system: You are a helpful assistant.
user:
Analyze the provided spectrum to determine if it is a **White Dwarf (WD)**.

A White Dwarf spectrum is defined by its **extreme purity** (due to gravitational settling) and/or **extreme pressure broadening** (due to high surface gravity). You must check for one of the following mutually exclusive signatures:

- **Key Visual Indicators (Check for ONE of these types):**

    - **1. DA-Type Signature (Most Common):**
        - **(Primary Feature):** Extreme pressure broadening (Stark broadening) of the **Hydrogen (H) Balmer lines**.
        - **(Key Lines):** $H\beta$ (approx. $4861$ Å) and $H\gamma$ (approx. $4340$ Å). $H\alpha$ (approx. $6563$ Å) will also be present if the wavelength range covers it.
        - **(Line Profile):** This is the **defining feature**. The lines are **NOT** sharp. They appear as massive, **extremely broad and deep "troughs" or "dips"** in the spectrum, often hundreds of Ångströms wide. The continuum will appear to "scoop" down at these wavelengths.
        - **(Distinction):** Normal A-type or B-type stars have *narrow* and *sharp* Hydrogen lines. A DA White Dwarf's lines are unmistakably "smeared" or "blurry" from pressure.

    - **2. DB-Type Signature:**
        - **(Primary Feature):** Broad absorption lines from **Neutral Helium (He I)**. The spectrum must lack any visible Hydrogen lines.
        - **(Key Lines):** Look for broad absorption near $4471$ Å, $4921$ Å, and $5876$ Å.
        - **(Line Profile):** These lines are also significantly pressure-broadened, appearing much wider than they would in a normal B-type main-sequence star.

    - **3. DC-Type Signature:**
        - **(Primary Feature):** A **featureless continuous spectrum**.
        - **(Line Profile):** The spectrum is a smooth curve with **no significant absorption or emission lines**.
        - **(Key Confirmation):** The continuum is almost always **blue or white**, indicating a hot object. This signature implies the atmosphere is so pure (or so cool) that no spectral lines are visible in the optical range. Its WD identity is confirmed by its extremely low intrinsic brightness (high absolute magnitude).

    - **4. DZ-Type Signature (Metal-Polluted):**
        - **(Primary Feature):** **Isolated, narrow metal absorption lines** on an otherwise featureless (DC-like) continuum.
        - **(Key Lines):** The **Calcium (Ca II) H & K doublet** (approx. **$3934$ Å** and **$3968$ Å**) is the most common and defining feature.
        - **(Line Profile):** These lines are "out of place." They are *not* part of a "forest" of thousands of lines. This signature is evidence of recent *accretion* (pollution) from rocky debris.
        - **(Distinction):** Normal G/K/M stars have a *dense forest* of thousands of metal lines. A DZ has a *clean* continuum with *only a few* strong metal lines.

    - **5. DQ-Type Signature (Carbon-Polluted):**
        - **(Primary Feature):** Absorption bands from **Carbon (C₂ "Swan Bands" or atomic C I)**.
        - **(Key Lines - C₂):** Look for bandheads with a "saw-tooth" shape near $5635$ Å, **$5165$ Å** (strongest), and $4737$ Å.
        - **(Key Confirmation):** The underlying **continuum must be blue or white** (hot).
        - **(Distinction):** This is the critical difference from a **Carbon Star**, which has the *exact same* C₂ bands but on an extremely **red, cool** continuum.

- **(Overall Spectrum):**
    - The continuum (overall shape) is typically **blue-sloping** (brighter in the blue than the red), as most white dwarfs are very hot.
    - The spectrum will look "pure" or "simple," dominated by only *one* of the five signatures listed above.

Think first, call **spectral_visualization_tool** if needed to examine features in detail, then provide your final answer. Your response must adhere to the following strict rules:
1.  **Overall Structure:** Your response must follow the format `<think>...</think> <tool_call>...</tool_call> (if a tool is used) <answer>...</answer>`.
2.  **Tool Usage Constraint:** You may only make **one** tool call per turn.
3.  **Final Answer Format:** In the `<answer>` tag, your conclusion must be inside a `\boxed{}` command (e.g., `\boxed{YES}` or `\boxed{NO}`), followed by your justification.

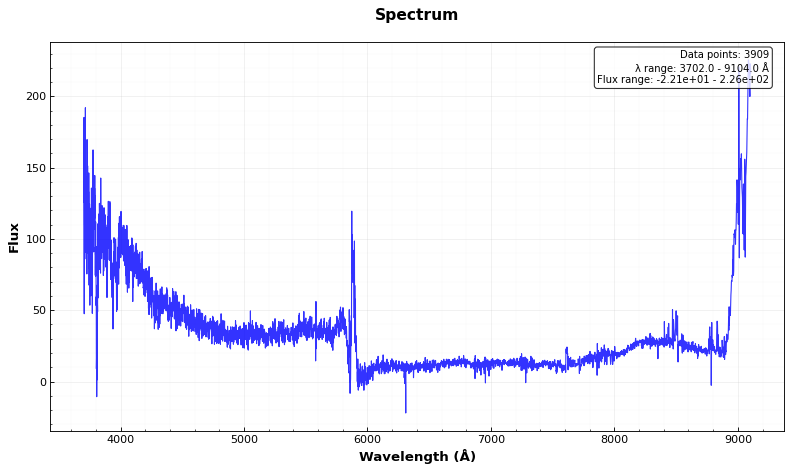
Answer: NO